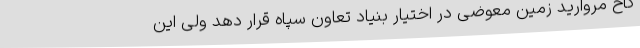
کاخ مروارید زمین معوضی در اختیار بنیاد تعاون سپاه قرار دهد ولی این